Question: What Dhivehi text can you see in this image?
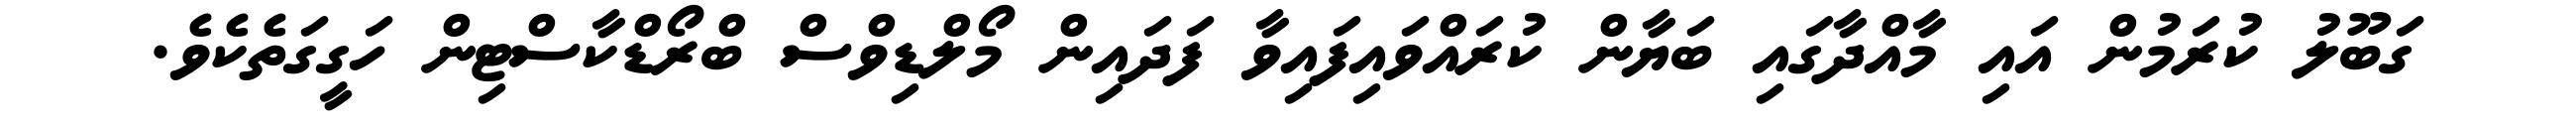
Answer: ގަބޫލު ކުރަމުން އައި މާއްދާގައި ބަޔާން ކުރައްވައިފައިވާ ފަދައިން މޯލްޑިވްސް ބްރޯޑްކާސްޓިން ހަގީގަތެކެވެ.